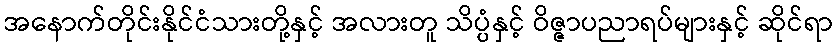
အနောက်တိုင်းနိုင်ငံသားတို့နှင့် အလားတူ သိပ္ပံနှင့် ဝိဇ္ဇာပညာရပ်များနှင့် ဆိုင်ရာ